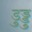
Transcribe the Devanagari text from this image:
डुड्डु